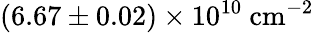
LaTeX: (6.67\pm 0.02)\times 10^{10}~\textrm{cm}^{-2}